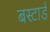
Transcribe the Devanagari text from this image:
बस्टार्ड